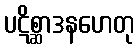
ပဋိစ္ဆာဒနဟေတု